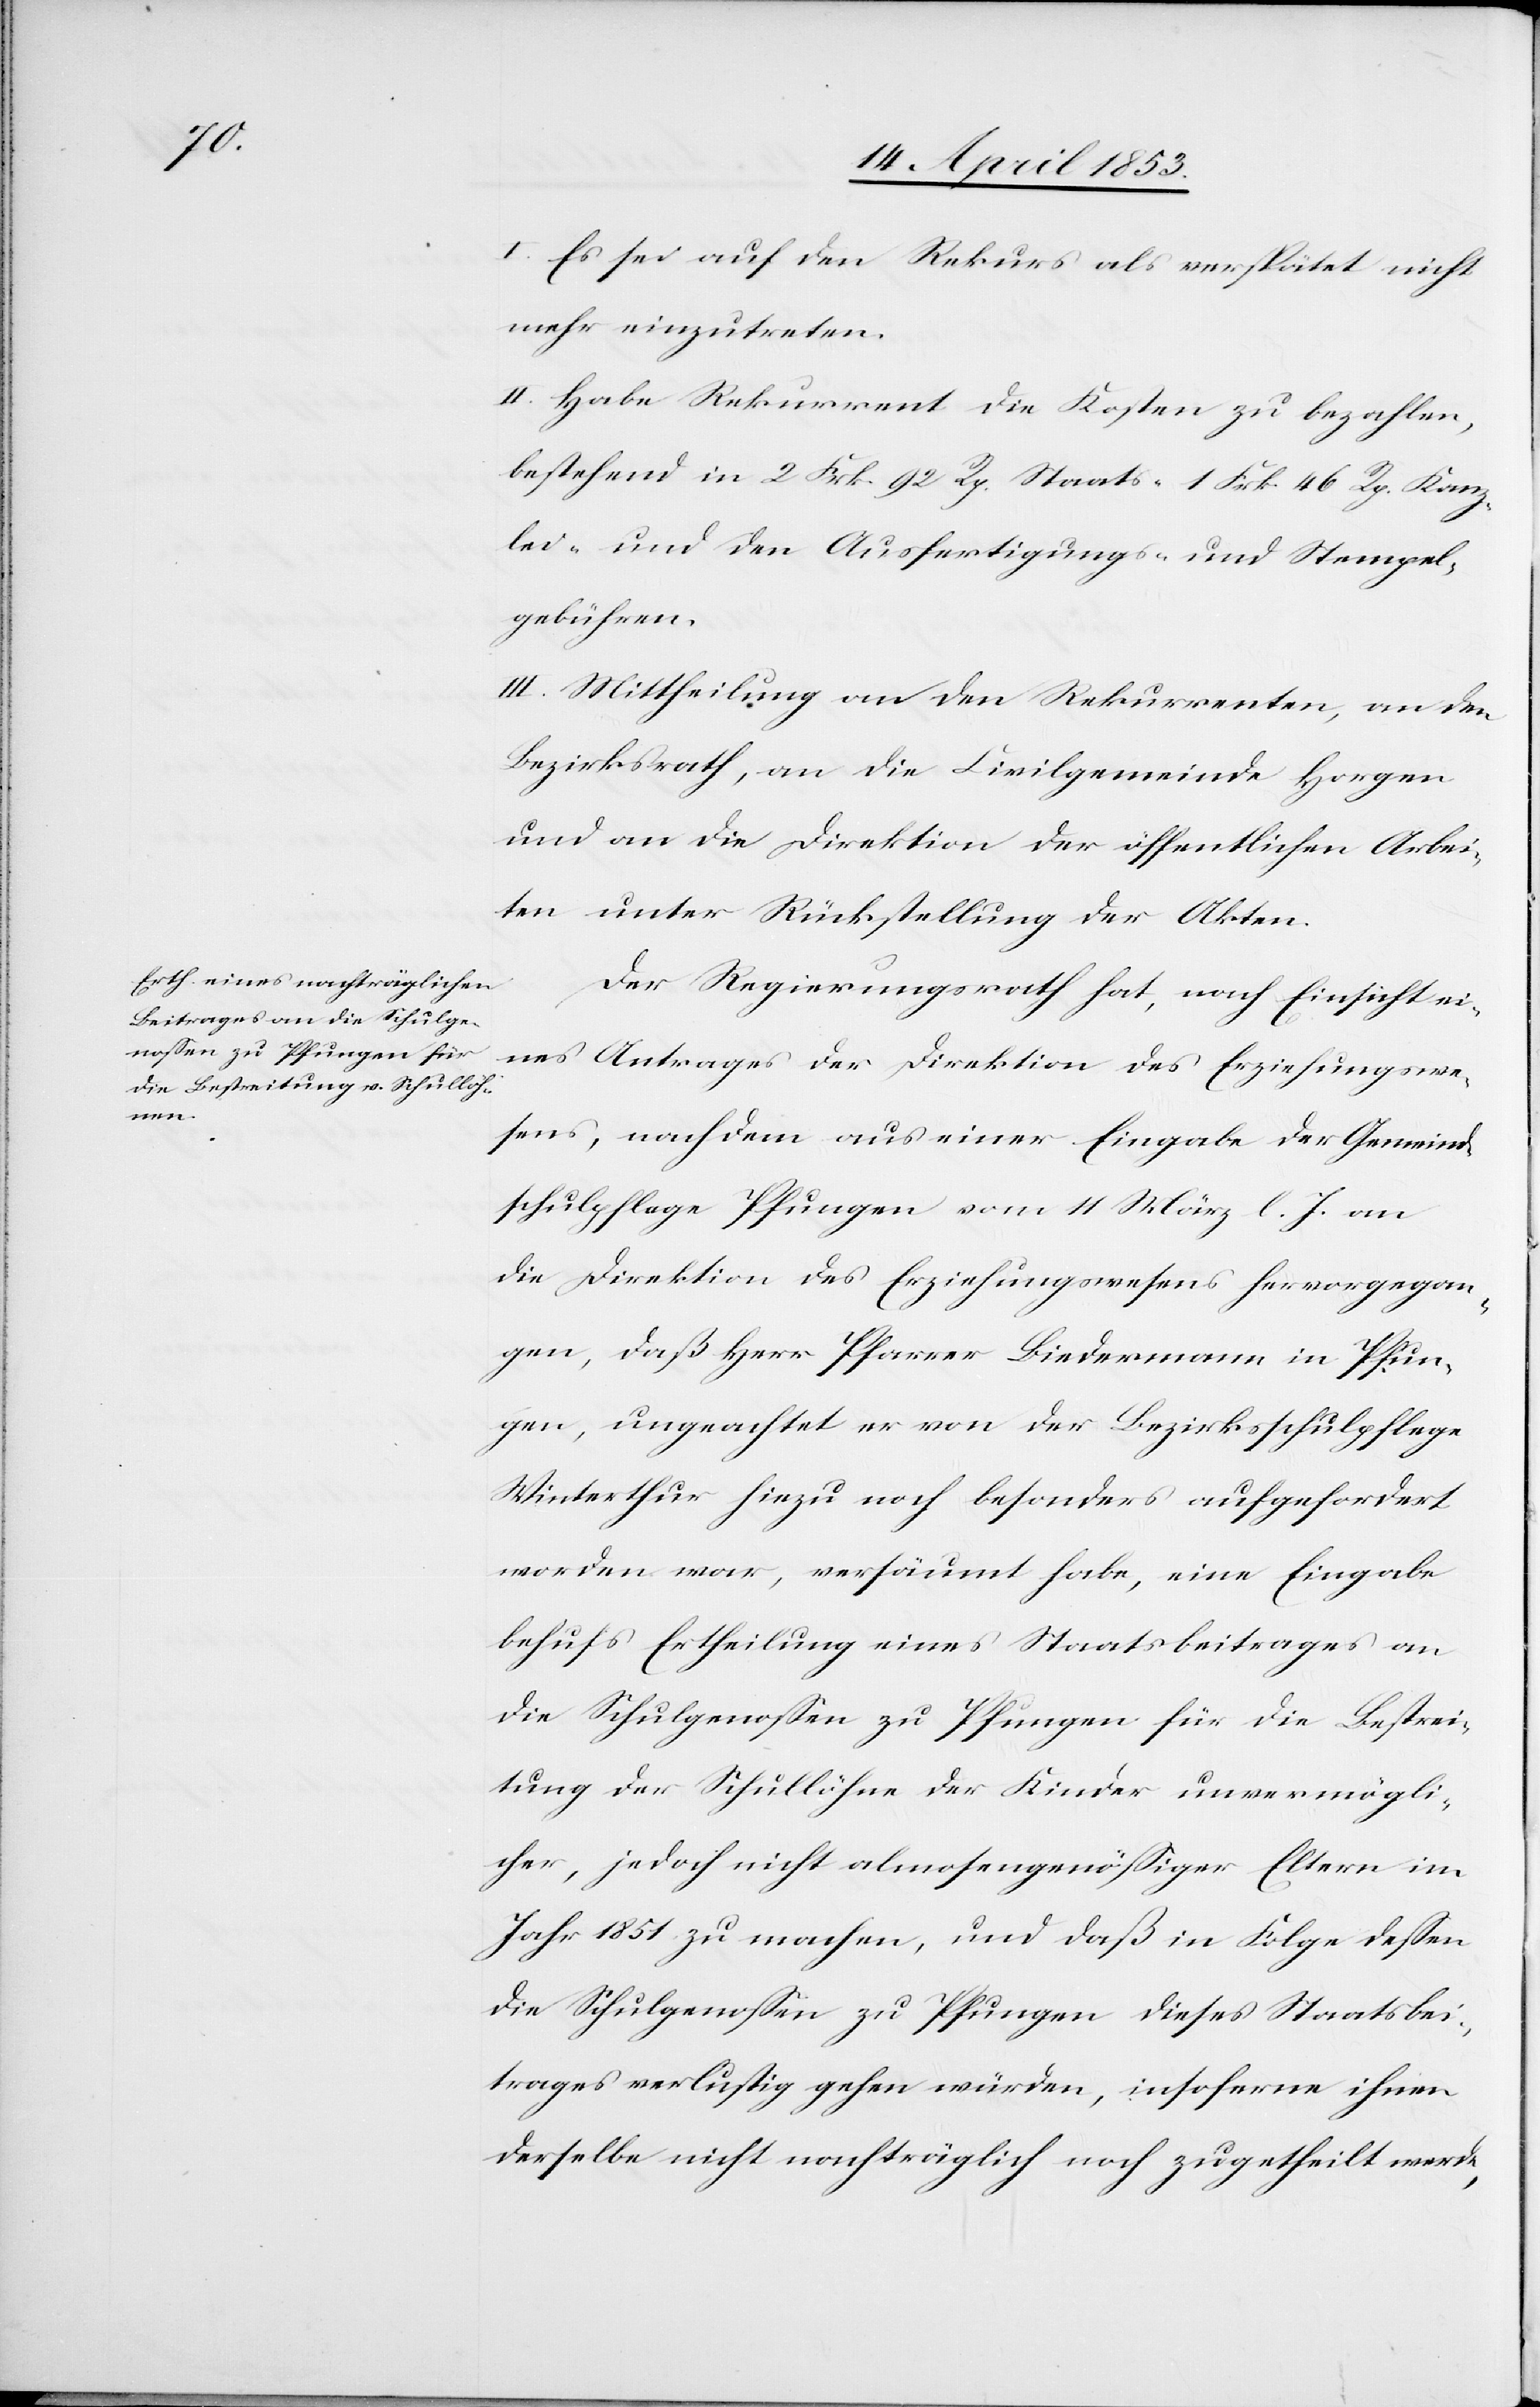
I. Es sei auf den Rekurs als verspätet nicht
mehr einzutreten.
II. Habe Rekurrent die Kosten zu bezahlen,
bestehend in 2 Frk. 92. Rp. Staats- 1 Frk. 46 Rp. Kanz¬
lei- und den Ausfertigungs- u. Stempel¬
gebühren.
III. Mittheilung an den Rekurrenten, an den
Bezirksrath, an die Civilgemeinde Horgen
und an die Direktion der öffentlichen Arbei¬
ten unter Rückstellung der Akten.
Der Regierungsrath hat, nach Einsicht ei¬
nes Antrages der Direktion des Erziehungswe¬
sens, nachdem aus einer Eingabe der Gemeind¬
schulpflege Pfungen vom 11 März l. J. an
die Direktion des Erziehungswesens hervorgegan¬
gen, daß Herr Pfarrer Biedermann in Pfun¬
gen, ungeachtet er von der Bezirksschulpflege
Winterthur hiezu noch besonders aufgefordert
worden war, versäumt habe, eine Eingabe
behufs Ertheilung eines Staatsbeitrages an
die Schulgenoßen zu Pfungen für die Bestrei¬
tung der Schullöhne der Kinder unvermögli¬
cher, jedoch nicht almosengenößiger Eltern im
Jahr 1851 zu machen, und daß in Folge deßen
die Schulgenoßen zu Pfungen dieses Staatsbei¬
trages verlustig gehen würden, insofern ihnen
derselbe nicht nachträglich noch zugetheilt werde,